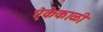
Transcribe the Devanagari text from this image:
ऐकेकाळी